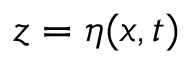
z = \eta ( x , t )